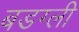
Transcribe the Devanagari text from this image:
बडग्ली